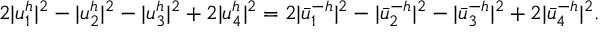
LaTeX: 2 | u _ { 1 } ^ { h } | ^ { 2 } - | u _ { 2 } ^ { h } | ^ { 2 } - | u _ { 3 } ^ { h } | ^ { 2 } + 2 | u _ { 4 } ^ { h } | ^ { 2 } = 2 | \bar { u } _ { 1 } ^ { - h } | ^ { 2 } - | \bar { u } _ { 2 } ^ { - h } | ^ { 2 } - | \bar { u } _ { 3 } ^ { - h } | ^ { 2 } + 2 | \bar { u } _ { 4 } ^ { - h } | ^ { 2 } .